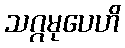
သဂ္ဂမုပေဟိ